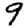
Digit: 9